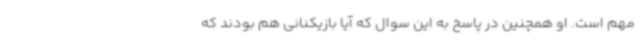
مهم است. او همچنین در پاسخ به این سوال که آیا بازیکنانی هم بودند که